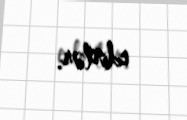
edirlər.